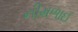
નીમળાઈ